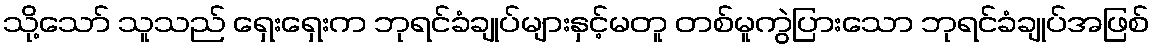
သို့သော် သူသည် ရှေးရှေးက ဘုရင်ခံချုပ်များနှင့်မတူ တစ်မူကွဲပြားသော ဘုရင်ခံချုပ်အဖြစ်